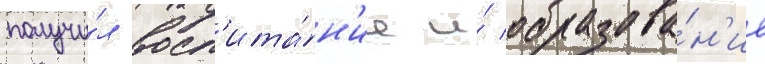
получи́л восп'ита́н'ие и́ образова́н'ие